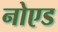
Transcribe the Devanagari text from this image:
नोएड